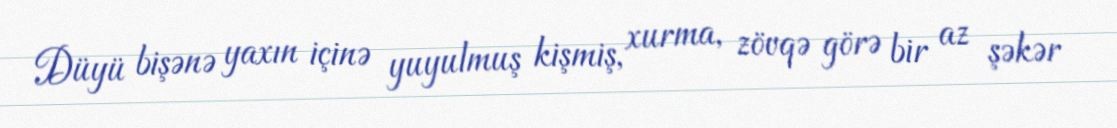
Düyü bişənə yaxın içinə yuyulmuş kişmiş, xurma, zövqə görə bir az şəkər